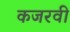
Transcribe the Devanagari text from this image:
कजरवी